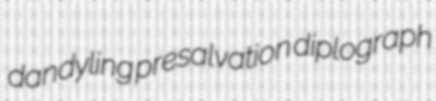
dandyling presalvation diplograph